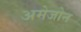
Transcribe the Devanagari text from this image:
अमेजोन